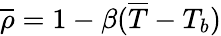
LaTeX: \overline{{\rho}}=1-\beta(\overline{{T}}-T_{b})